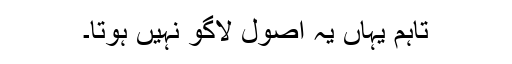
تاہم یہاں یہ اصول لاگو نہیں ہوتا۔